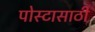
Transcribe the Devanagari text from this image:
पोस्टासाठी